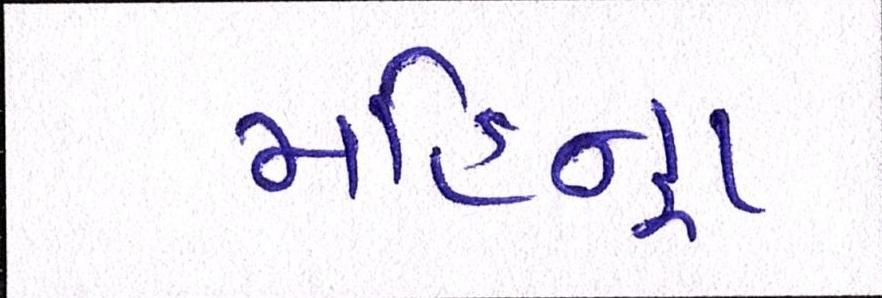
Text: મહિન્દ્રા